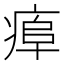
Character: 𤷎